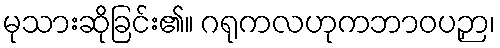
မုသားဆိုခြင်း၏။ ဂရုကလဟုကဘာဝပဉှာ၊